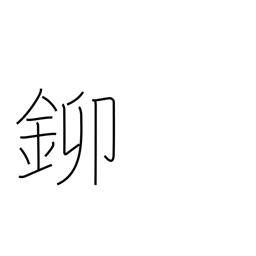
Meaning: gold